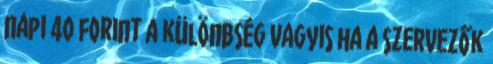
napi 40 forint a különbség Vagyis ha a szervezők